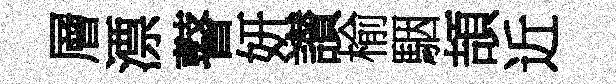
層漂瞽妍讃榆駰頡近